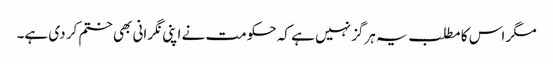
مگر اس کا مطلب یہ ہرگز نہیں ہے کہ حکومت نے اپنی نگرانی بھی ختم کر دی ہے۔